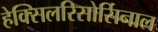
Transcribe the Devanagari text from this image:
हेक्सिलरिसोर्सिनाल